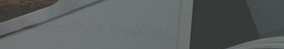
مقهى النيل: قهوتك ووجبتك